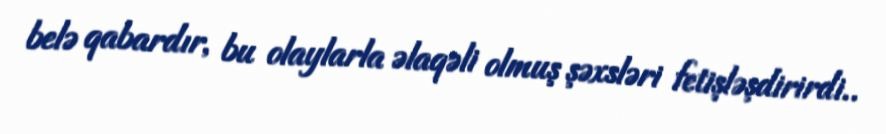
belə qabardır, bu olaylarla əlaqəli olmuş şəxsləri fetişləşdirirdi..